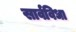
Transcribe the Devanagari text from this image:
सार्वविधा